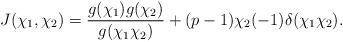
LaTeX: \begin{align*}J(\chi_1,\chi_2)=\frac{g(\chi_1)g(\chi_2)}{g(\chi_1\chi_2)}+(p-1)\chi_2(-1)\delta(\chi_1\chi_2).\end{align*}